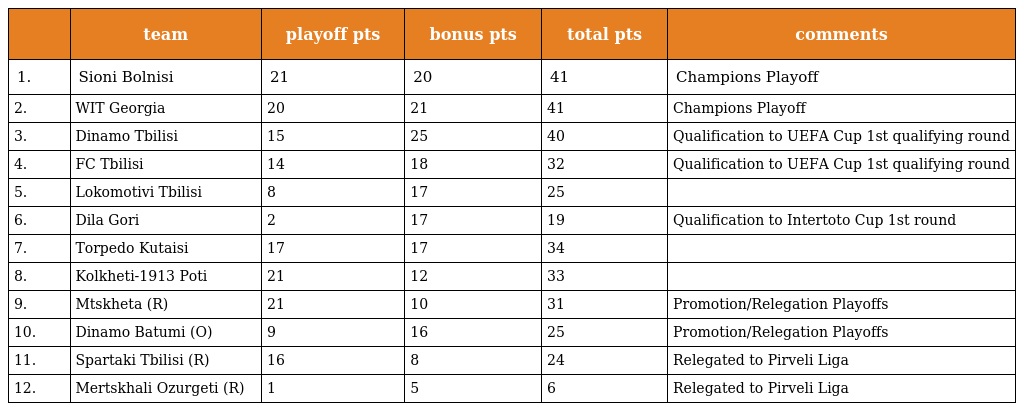
|  | team | playoff pts | bonus pts | total pts | comments |
 | --- | --- | --- | --- | --- | --- |
 | 1. | Sioni Bolnisi | 21 | 20 | 41 | Champions Playoff |
 | 2. | WIT Georgia | 20 | 21 | 41 | Champions Playoff |
 | 3. | Dinamo Tbilisi | 15 | 25 | 40 | Qualification to UEFA Cup 1st qualifying round |
 | 4. | FC Tbilisi | 14 | 18 | 32 | Qualification to UEFA Cup 1st qualifying round |
 | 5. | Lokomotivi Tbilisi | 8 | 17 | 25 |  |
 | 6. | Dila Gori | 2 | 17 | 19 | Qualification to Intertoto Cup 1st round |
 | 7. | Torpedo Kutaisi | 17 | 17 | 34 |  |
 | 8. | Kolkheti-1913 Poti | 21 | 12 | 33 |  |
 | 9. | Mtskheta (R) | 21 | 10 | 31 | Promotion/Relegation Playoffs |
 | 10. | Dinamo Batumi (O) | 9 | 16 | 25 | Promotion/Relegation Playoffs |
 | 11. | Spartaki Tbilisi (R) | 16 | 8 | 24 | Relegated to Pirveli Liga |
 | 12. | Mertskhali Ozurgeti (R) | 1 | 5 | 6 | Relegated to Pirveli Liga |